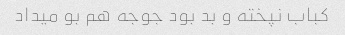
کباب نپخته و بد بود جوجه هم بو میداد